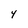
Character: 4